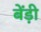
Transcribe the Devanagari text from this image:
बेंड़ी